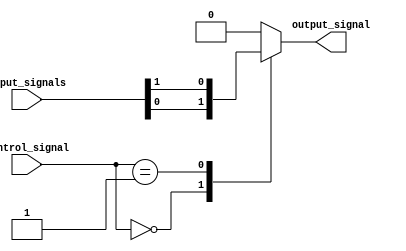
module multiplexer_64_1 (
    input [63:0] input_signals,
    input [5:0] control_signal,
    output reg output_signal
);

always @ (*) begin
    case(control_signal)
        6'b000000: output_signal = input_signals[0];
        6'b000001: output_signal = input_signals[1];
        // Add cases for all 64 input signals
        default: output_signal = 0; // Default case to handle any invalid control signals
    endcase
end

endmodule